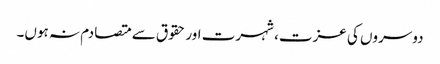
دوسروں کی عزت، شہرت اور حقوق سے متصادم نہ ہوں۔